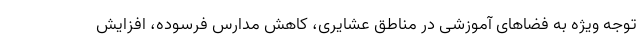
توجه ویژه به فضاهای آموزشی در مناطق عشایری، کاهش مدارس فرسوده، افزایش